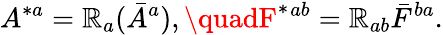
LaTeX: A^{*a}=\mathbb{R}_{a}(\bar{{A}}^{a}),\quadF^{*}{}^{ab}=\mathbb{R}_{ab}\bar{{F}}^{ba}.